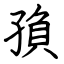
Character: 𡥼